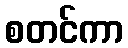
စတင်ကာ